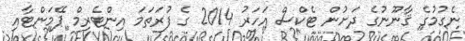
ނެގުމުގެ ޤާނޫނުގެ ދަށުން ޓެކްސް އަހަރު 2014 ގެ ފުރަތަމަ އިންޓެރިމް ޕޭމަންޓާއި